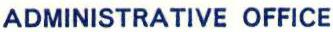
ADMINISTRATIVE OFFICE